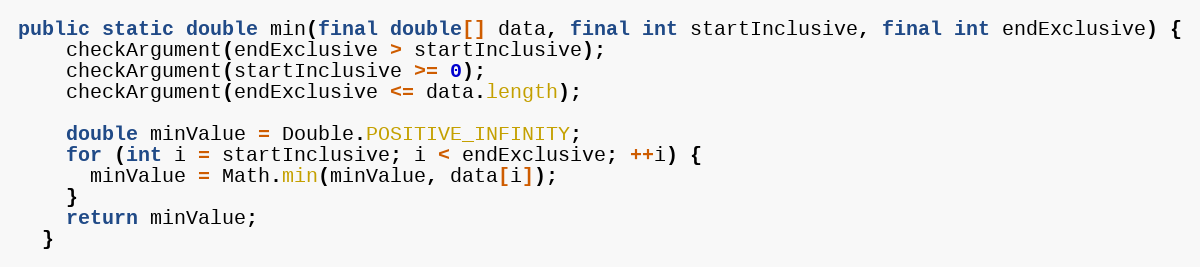
Language: Java
public static double min(final double[] data, final int startInclusive, final int endExclusive) {
    checkArgument(endExclusive > startInclusive);
    checkArgument(startInclusive >= 0);
    checkArgument(endExclusive <= data.length);

    double minValue = Double.POSITIVE_INFINITY;
    for (int i = startInclusive; i < endExclusive; ++i) {
      minValue = Math.min(minValue, data[i]);
    }
    return minValue;
  }